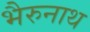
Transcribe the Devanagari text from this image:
भैरुनाथ